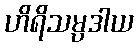
ဟိရိသမ္ပဒါယ